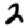
Digit: 2